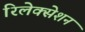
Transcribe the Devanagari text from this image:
रिलेक्सेशन